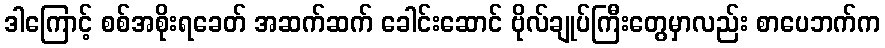
ဒါကြောင့် စစ်အစိုးရခေတ် အဆက်ဆက် ခေါင်းဆောင် ဗိုလ်ချုပ်ကြီးတွေမှာလည်း စာပေဘက်က